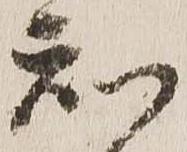
知